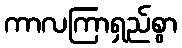
ကာလကြာရှည်စွာ